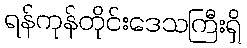
ရန်ကုန်တိုင်းဒေသကြီးရှိ